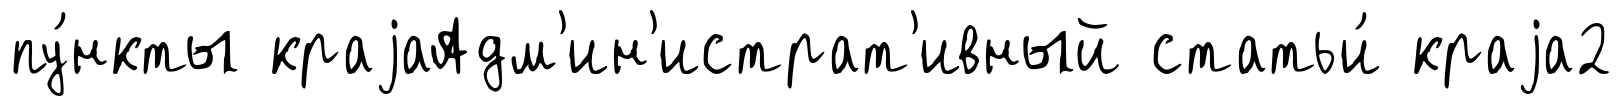
пу́нкты краjаАдм'ин'истрат'ивный статьи́ краjа2